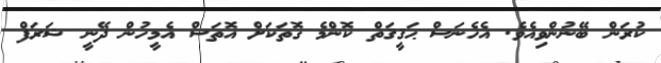
ކުރަން ބޭނުންވިއެވެ. އެހެނަސް ޙަޤީޤަތް ކޮންމެ ގޮތަކަށް އޮތަސް އެމީހުން ދޭނީ ޝަރަފް